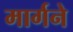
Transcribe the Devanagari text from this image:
मार्गने